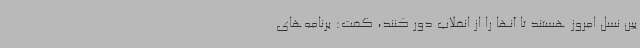
بین نسل امروز هستند تا آنها را از انقلاب دور کنند، گفت: برنامه‌های